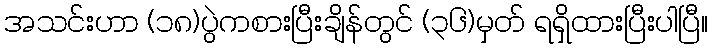
အသင်းဟာ (၁၈)ပွဲကစားပြီးချိန်တွင် (၃၆)မှတ် ရရှိထားပြီးပါပြီ။